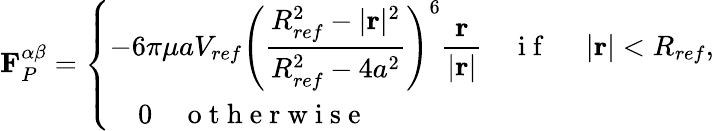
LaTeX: \mathbf{F}_{P}^{\alpha\beta}=\left\{ \begin{array}{ll}{\displaystyle-6\pi\mu aV_{ref}\left(\frac{R_{ref}^{2}-|\mathbf{r}|^{2}}{R_{ref}^{2}-4a^{2}}\right)^{6}\frac{\mathbf{r}}{|\mathbf{r}|}\quad\mathrm{~i~f~\ }\quad|\mathbf{r}|<R_{ref},}\\ {\displaystyle\quad 0\quad\mathrm{~o~t~h~e~r~w~i~s~e~\ }}\end{array}\right.